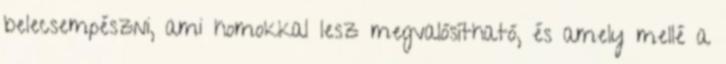
belecsempészni, ami homokkal lesz megvalósítható, és amely mellé a